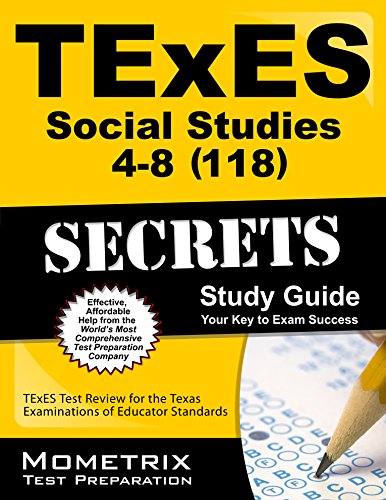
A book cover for TExES Social Studies 4-8 (118) Secrets Study Guide: TExES Test Review for the Texas Examinations of Educator Standards; TExES Exam Secrets Test Prep Team; Test Preparation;